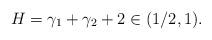
LaTeX: \begin{align*}H=\gamma_1+\gamma_2+2\in (1/2,1).\end{align*}